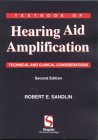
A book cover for Textbook of Hearing Aid Amplification: Technical and Clinical Considerations; Robert E. Sandlin; Medical Books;